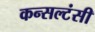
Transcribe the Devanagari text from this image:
कन्सल्टंसी